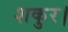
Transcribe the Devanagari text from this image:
शकुर।